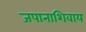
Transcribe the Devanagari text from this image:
जपानाशिवाय